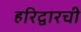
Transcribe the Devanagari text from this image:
हरिद्वारची